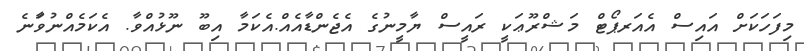
މިފަހަކަށް އައިސް އެއަރޕޯޓް މަޝްރޫޢަކީ ރައީސް ޔާމީނުގެ އެޖެންޑާއެއް.އެކަމާ އިބޫ ނޫޅުއްވާ. އެކަމެއްނުވާަނެ